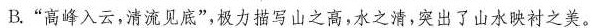
B.”高峰入云，清流见底”，极力描写山之高，水之清，突出了山水映衬之美。C.”猿鸟乱鸣”，突出了猿、鸟的鸣叫传入耳际，繁多杂乱。D.”两岸石壁，五色交辉。青林翠竹，四时俱备”描绘出众彩纷呈，绚丽动人的景象。4.这篇短文表达了作者怎样的思想感情?答：_